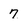
Character: 7